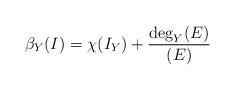
LaTeX: \begin{align*}\beta_{Y}(I)=\chi(I_{Y})+\frac{\deg_{Y}(E)}{(E)}\end{align*}